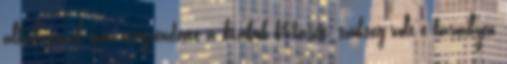
alkalommal már megrendezte a Kakuk Marcit; szükség volt-e bármilyen